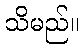
သိမည်။